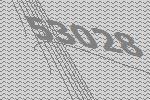
53028